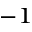
^ { - 1 }